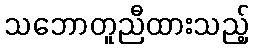
သဘောတူညီထားသည့်